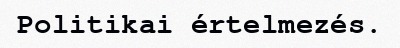
Politikai értelmezés.